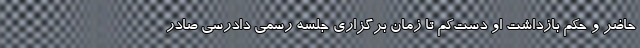
حاضر و حکم بازداشت او دست‌کم تا زمان برگزاری جلسه رسمی دادرسی صادر